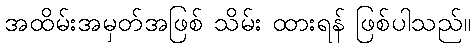
အထိမ်းအမှတ်အဖြစ် သိမ်း ထားရန် ဖြစ်ပါသည်။